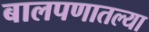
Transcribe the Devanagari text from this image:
बालपणातल्या